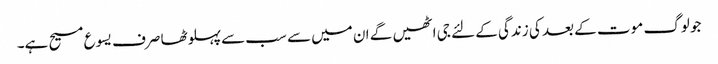
جو لوگ موت کے بعد کی زندگی کے لئے جی اٹھیں گے ان میں سے سب سےپہلوٹھا صرف یسوع مسیح ہے۔